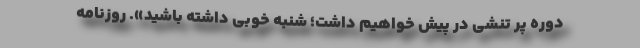
دوره پر تنشی در پیش خواهیم داشت؛ شنبه خوبی داشته باشید». روزنامه